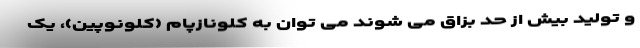
و تولید بیش از حد بزاق می شوند می توان به کلونازپام (کلونوپین)، یک